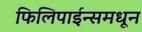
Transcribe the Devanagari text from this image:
फिलिपाईन्समधून